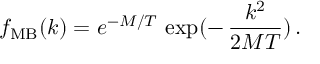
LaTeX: f _ { \mathrm { M B } } ( k ) = e ^ { - M / T } \, \exp ( - \, \frac { k ^ { 2 } } { 2 M T } ) \, .